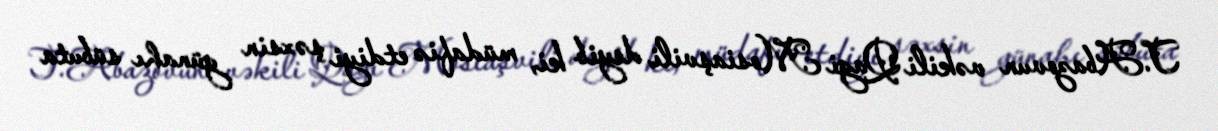
T.Abazovun vəkili Qagi Mosiaşvili deyib ki, müdafiə etdiyi şəxsin günahı sübuta